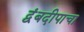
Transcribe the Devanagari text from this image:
द्वंबदीपाचा